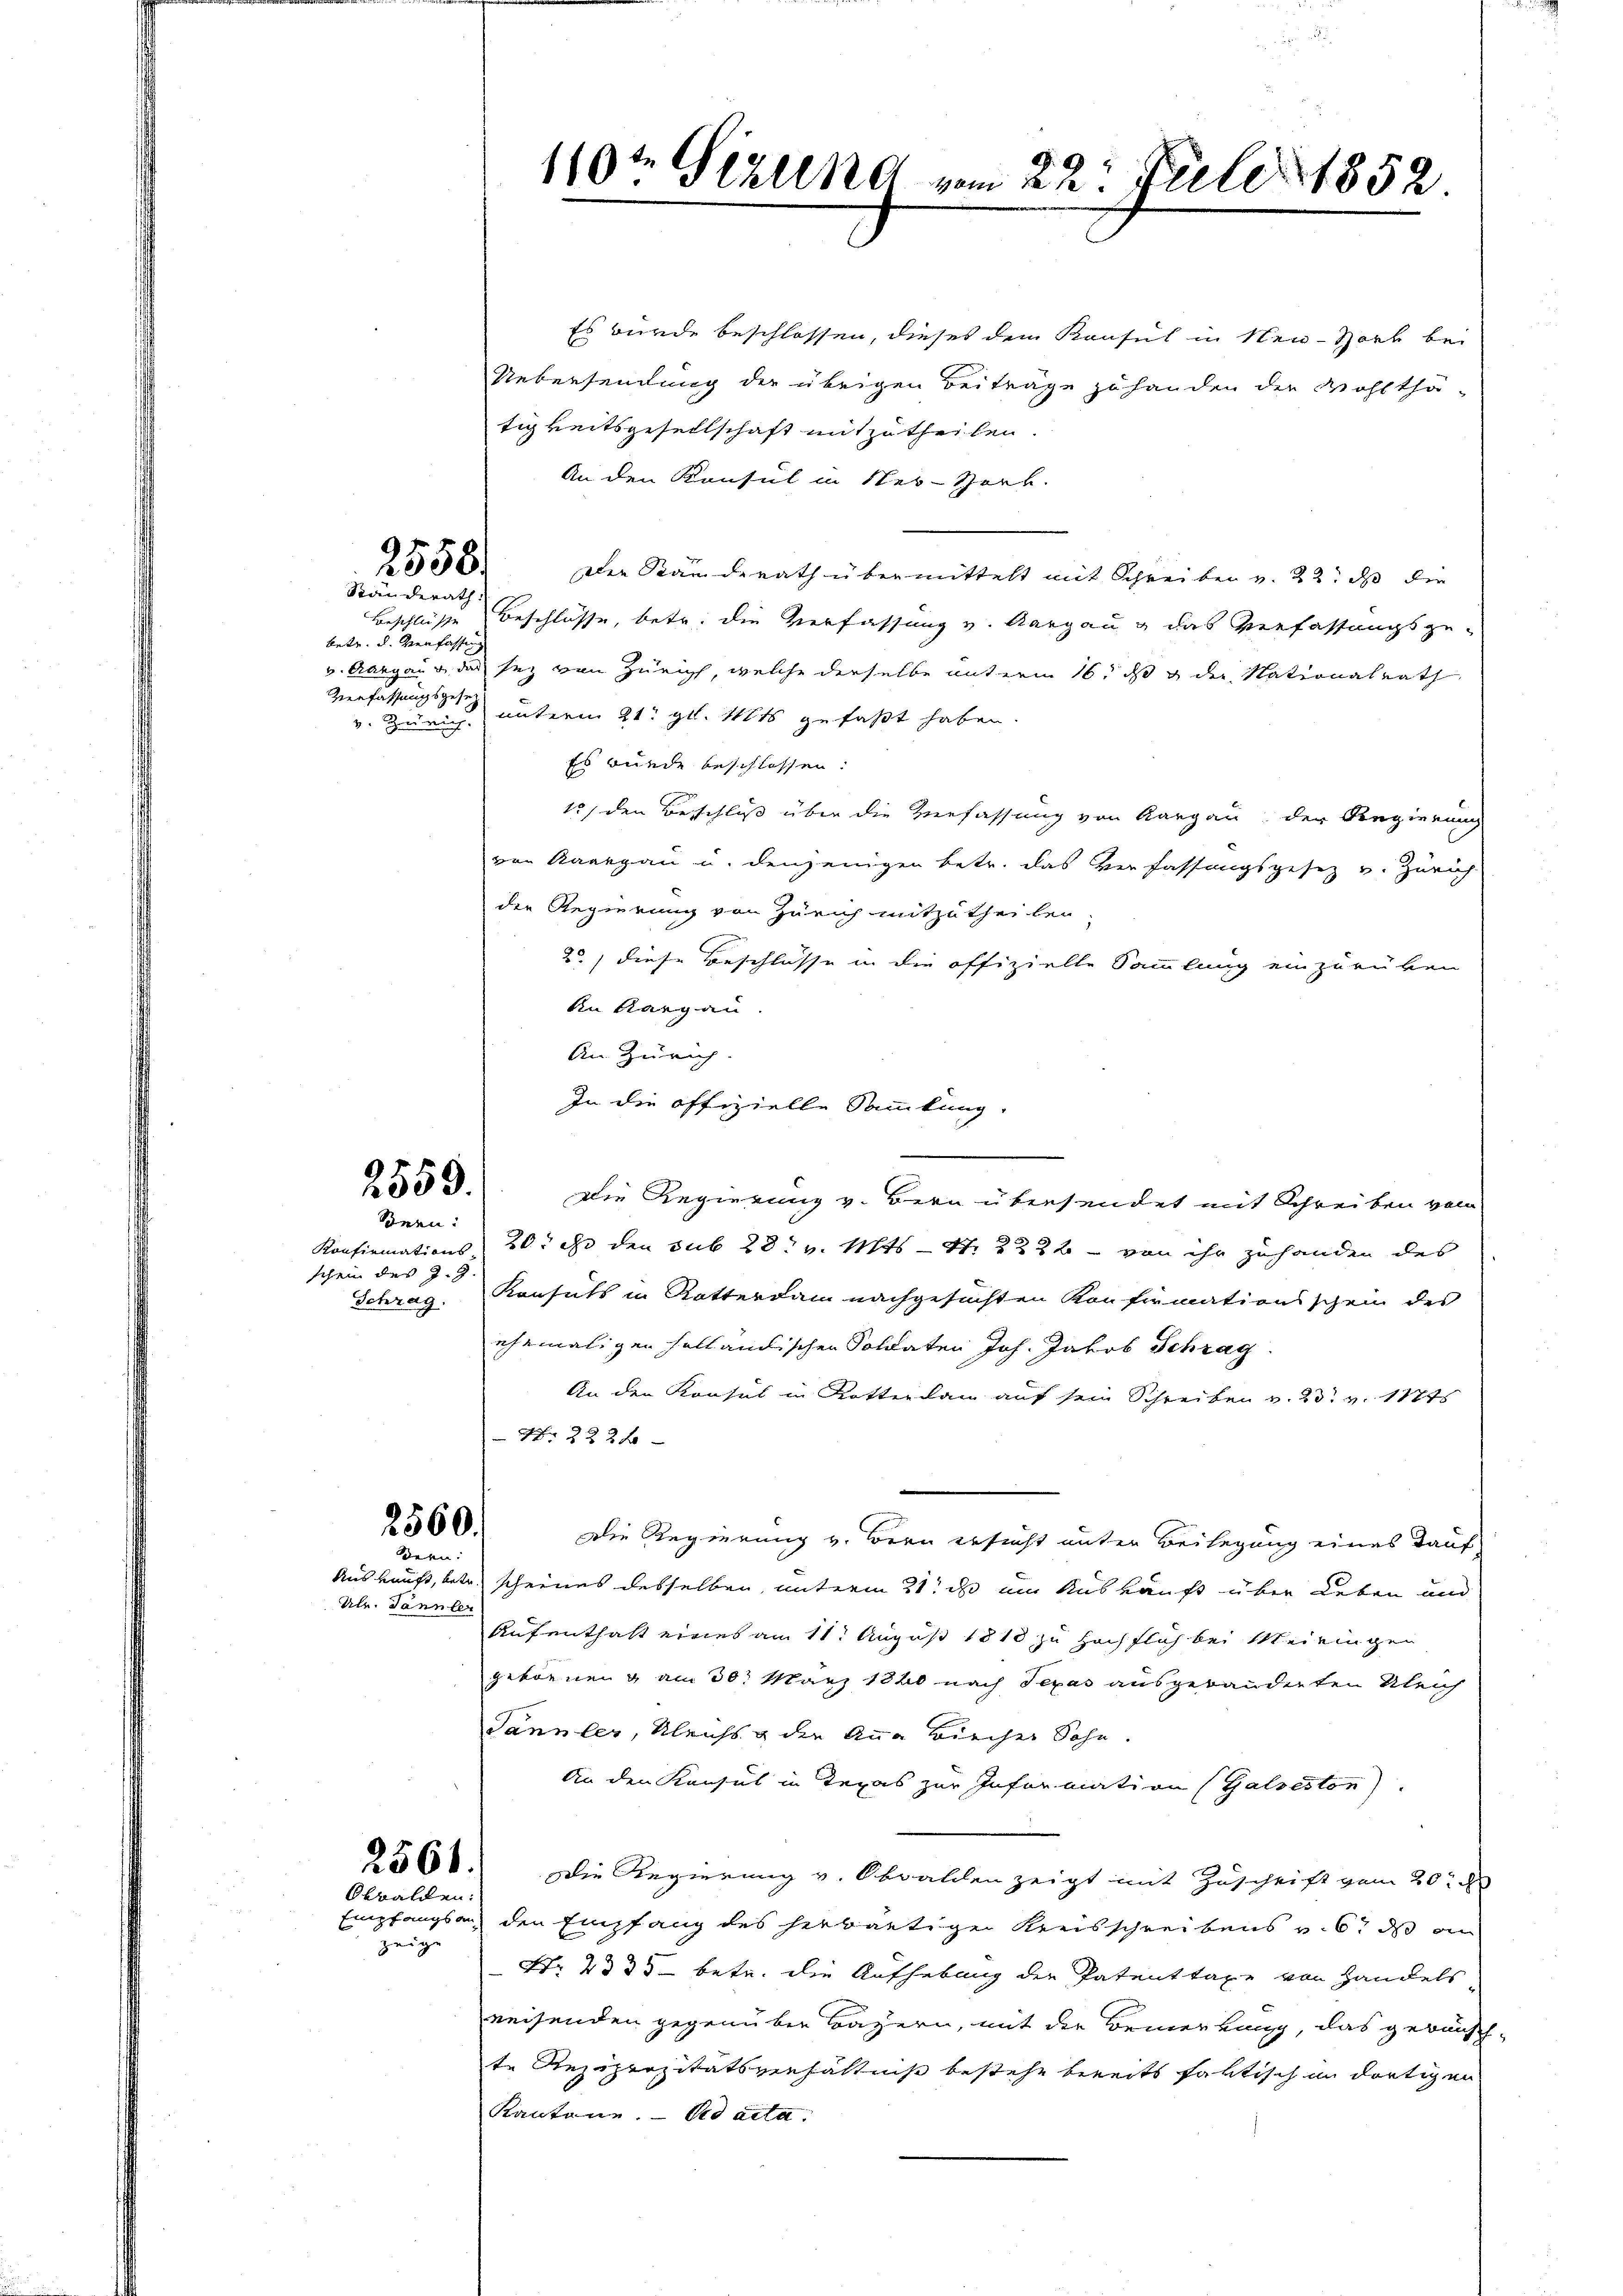
betr. d. Verfassun
v. Zeit auch

2558.
Ständerath:

2559.

Sonen:
schein des J. J.
Schrag.

2560.
Bern:

Ulr. Tannler

Obwalden:

zeige

Es wurde beschlossen, dieses dem Konsul in Neu-Sork bei
Uebersendung der übrigen Beiträge zu handen der Wohlthä-
tigkeitsgesellschaft mitzutheilen
An den Konsul in Neu-Sork.
Der Ränderath übermittelt mit Schreiben v. 22. ds die
Beschlüsse Beschlüsse, betr. die Verfassung v. Aargau & das Verfassungsgev. Aargaus des sey von Zürich, welche derselbe unterm 16. ds u der Nationalrath
Verfassungsges. unterm 21. gl. Mts gefaßt haben.
Es wurde beschlossen.
15) den Beschluß über die Verfassung von Aargau der Regierung
von Kaargau u. denjenigen betr. das Verfassungsgesetz v. Zürich
die Regierung von Zürich mitzutheilen,
2) diese Beschlüsse in die offizielle Sammlung einzurüken
An Sargau.
An Zürich.
In die offizielle Sammlung.
Die Regierung v. Bern übersendet mit Schreiben vom
Konfirmations 20. d. den sub 28. v. Mts. - St. 2222 - von ihr zuhanden des
Konsuls in Rotterdam nachgesuchten Konfirmationsschein des
ehemaligen holländischen Soldaten Joh. Jakob Schrag
An den Konsus in Rotterdam auf sein Schreiben v. 23t v. 18775
Nr. 222 x
Die Regierung v. Bern ersucht unter Beilegung eines Tauf
Auskauft, betr. scheines desselben, unterm 21t ds um Auskunft über Leben und
Aufenthalt eines am 11. August 1818 zu höchflich bei Meiningen
gebornen & am 30t März 1860 nach Texas ausgebänderten Uleich
Sannler, Kleichs & den Anna Kircher Sohn.
An den Konsul in Texas zur Information (Galseston).
2560. Die Regierung v. Obwalden zeigt mit Zuschrift vom 20.
Empfangsans den Empfang des herwärtige Kreisschreibens v. 6. ds an
Nr. 2335 betr. die Aufhebung der Patenttaxe von Handels
reisenden gegenüber Bazern, mit der Bemerkung, das gewünsch
te Reziprozitätsverhältniß bestehe bereits faktisch im dortigen
Kantone. ad acta

10te Sitzung vom 22. Juli 1852.